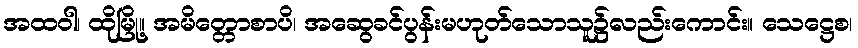
အထဝါ၊ ထိုမြို့။ အမိတ္တောစာပိ၊ အဆွေခင်ပွန်းမဟုတ်သောသူ၌လည်းကောင်း။ သေဋ္ဌေစ၊